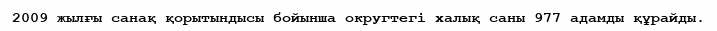
2009 жылғы санақ қорытындысы бойынша округтегі халық саны 977 адамды құрайды.